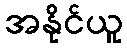
အနိုင်ယူ